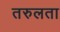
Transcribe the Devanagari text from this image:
तरुलता